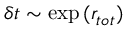
\delta t \sim \exp { ( r _ { t o t } ) }